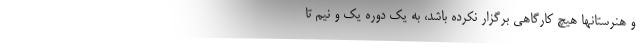
و هنرستانها هیچ کارگاهی برگزار نکرده باشد، به یک دوره یک و نیم تا